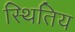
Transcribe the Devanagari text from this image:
स्थितिय